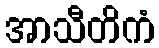
အာသီတိကံ